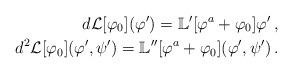
LaTeX: \begin{align*}d\mathcal L[\varphi_0](\varphi^\prime)=\mathbb L^\prime[\varphi^a+\varphi_0]\varphi^\prime\,,\\d^2\mathcal L[\varphi_0](\varphi^\prime, \psi^\prime)=\mathbb L^{\prime\prime}[\varphi^a+\varphi_0](\varphi^\prime, \psi^\prime)\,.\end{align*}